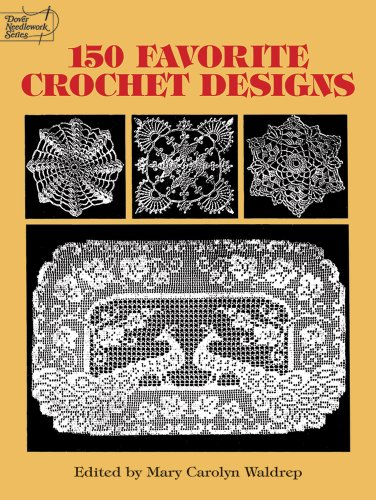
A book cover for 150 Favorite Crochet Designs (Dover Knitting, Crochet, Tatting, Lace); Crafts, Hobbies & Home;